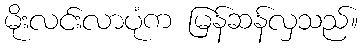
မိုးလင်းလာပုံက မြန်ဆန်လှသည်။